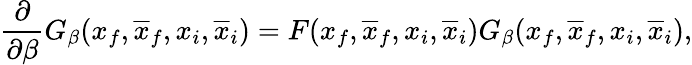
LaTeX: \frac{\partial}{\partial\beta}G_{\beta}(x_{f},\overline{{{x}}}_{f},x_{i},\overline{{{x}}}_{i})=F(x_{f},\overline{{{x}}}_{f},x_{i},\overline{{{x}}}_{i})G_{\beta}(x_{f},\overline{{{x}}}_{f},x_{i},\overline{{{x}}}_{i}),